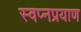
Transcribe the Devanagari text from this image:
स्वप्नप्रयाण